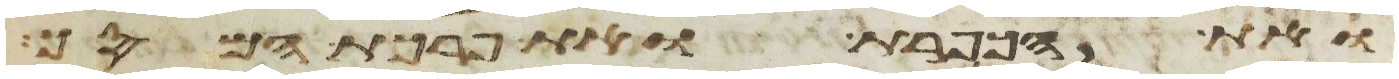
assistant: ואת הכפרת ואת פרכת המסך